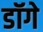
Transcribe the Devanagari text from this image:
डॉगे